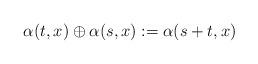
LaTeX: \begin{align*}\alpha(t,x) \oplus \alpha(s,x):= \alpha(s+t,x)\end{align*}